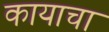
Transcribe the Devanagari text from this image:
कायाचा